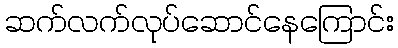
ဆက်လက်လုပ်ဆောင်နေကြောင်း